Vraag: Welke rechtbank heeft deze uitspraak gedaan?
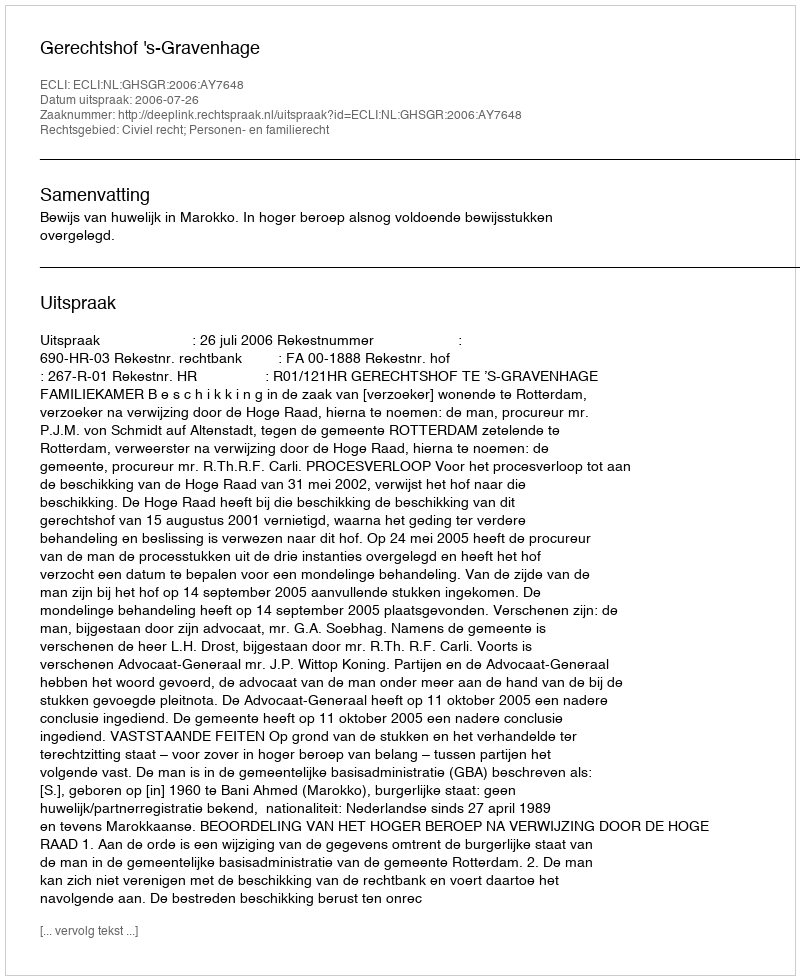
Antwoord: Gerechtshof 's-Gravenhage